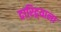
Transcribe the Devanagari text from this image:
दारिद्र्याला